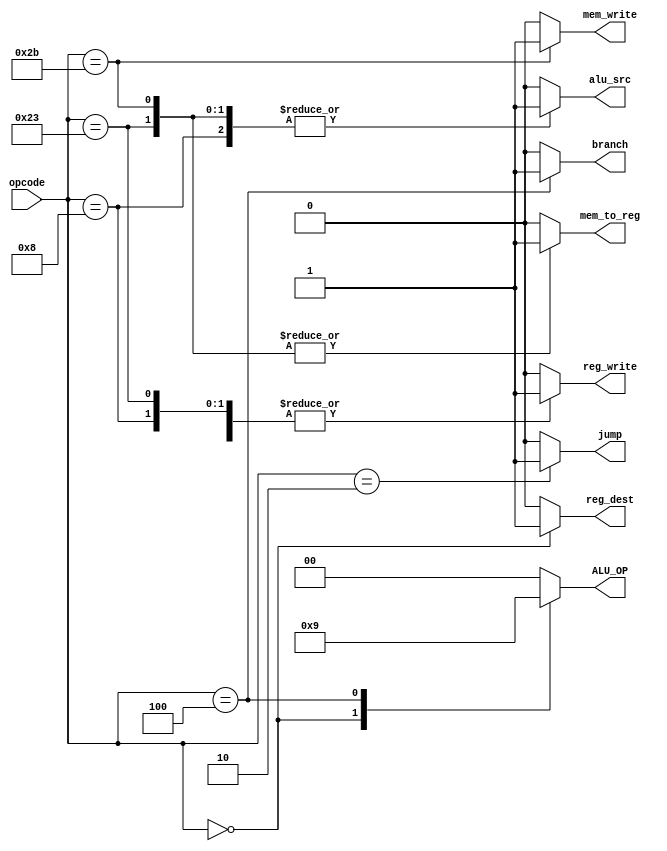
module main_decoder (
    input [5 : 0] opcode,
    output reg [1 : 0] ALU_OP,
    output reg jump, mem_write, reg_write, reg_dest, alu_src, mem_to_reg, branch
);

    always @(*) begin
        case (opcode)
            6'b00_0000:     begin   // R-Type
                jump = 1'b0;           mem_write = 1'b0;
                reg_write = 1'b1;      reg_dest = 1'b1;
                alu_src = 1'b0;        mem_to_reg = 1'b0;
                branch = 1'b0;         ALU_OP = 2'b10;
            end
            6'b00_0010:     begin   // jump_inst 
                jump = 1'b1;           mem_write = 1'b0;
                reg_write = 1'b0;      reg_dest = 1'b0;
                alu_src = 1'b0;        mem_to_reg = 1'b0;
                branch = 1'b0;         ALU_OP = 2'b00;
            end
            6'b00_0100:     begin   // branchIfEqual 
                jump = 1'b0;           mem_write = 1'b0;
                reg_write = 1'b0;      reg_dest = 1'b0;
                alu_src = 1'b0;        mem_to_reg = 1'b0;
                branch = 1'b1;         ALU_OP = 2'b01;
            end
            6'b00_1000:     begin   // addImmediate
                jump = 1'b0;           mem_write = 1'b0;
                reg_write = 1'b1;      reg_dest = 1'b0;
                alu_src = 1'b1;        mem_to_reg = 1'b0;
                branch = 1'b0;         ALU_OP = 2'b00;
            end
            6'b10_0011:     begin   // loadWord
                jump = 1'b0;           mem_write = 1'b0;
                reg_write = 1'b1;      reg_dest = 1'b0;
                alu_src = 1'b1;        mem_to_reg = 1'b1;
                branch = 1'b0;         ALU_OP = 2'b00; 
            end
            6'b10_1011:     begin   // storeWord 
                jump = 1'b0;           mem_write = 1'b1;
                reg_write = 1'b0;      reg_dest = 1'b0;
                alu_src = 1'b1;        mem_to_reg = 1'b1;
                branch = 1'b0;         ALU_OP = 2'b00; 
            end
            default:        begin
                jump = 1'b0;           mem_write = 1'b0;
                reg_write = 1'b0;      reg_dest = 1'b0;
                alu_src = 1'b0;        mem_to_reg = 1'b0;
                branch = 1'b0;         ALU_OP = 2'b00;
            end 
        endcase
    end
endmodule